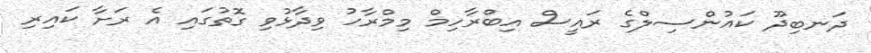
ދަނބިދޫ ކައުންސިލްގެ ރައީސް އިބްރާހިމް މިމްރާހު ވިދާޅުވި ގޮތުގައި އެ ރަށާ ކައިރި